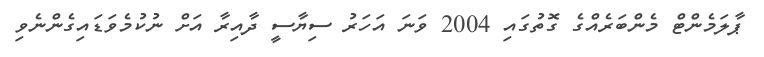
ޕާލަމެންޓް މެންބަރެއްގެ ގޮތުގައި 2004 ވަނަ އަހަރު ސިޔާސީ ދާއިރާ އަށް ނުކުމެވަޑައިގެންނެވި